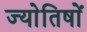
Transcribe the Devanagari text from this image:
ज्याेतिषाें